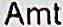
AMT